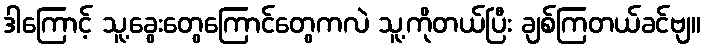
ဒါကြောင့် သူ့ခွေးတွေကြောင်တွေကလဲ သူ့ကိုတယ်ပြီး ချစ်ကြတယ်ခင်ဗျ။